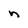
Character: n